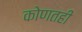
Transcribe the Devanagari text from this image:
कोणतही